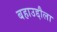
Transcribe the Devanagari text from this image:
बहाउद्दौला